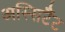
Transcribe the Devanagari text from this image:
अस्सिटैंट